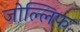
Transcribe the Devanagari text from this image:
जोल्लिफ